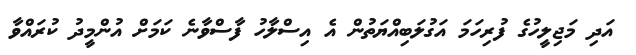
އަދި މަޖިލީހުގެ ފުރިހަމަ އަގުލަބިއްޔަތުން އެ އިސްލާހު ފާސްވާނެ ކަމަށް އުންމީދު ކުރައްވާ